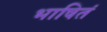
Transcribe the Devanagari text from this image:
भाषितं